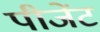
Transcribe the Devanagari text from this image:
पीजेंट